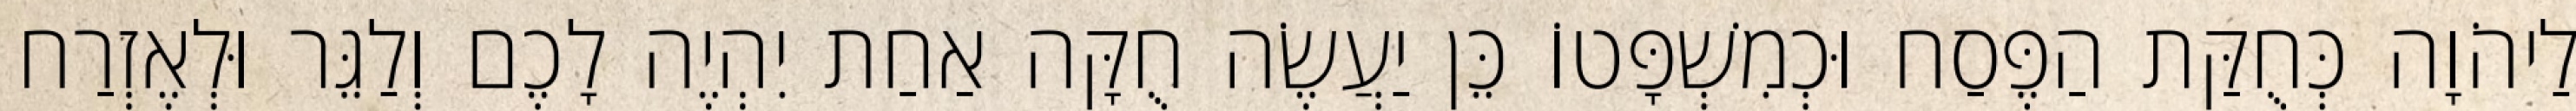
לַיהֹוָה כְּחֻקַּת הַפֶּסַח וּכְמִשְׁפָּטוֹ כֵּן יַעֲשֶׂה חֻקָּה אַחַת יִהְיֶה לָכֶם וְלַגֵּר וּלְאֶזְרַח